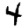
Digit: 4